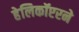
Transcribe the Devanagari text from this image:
हेलिकॉप्टरने